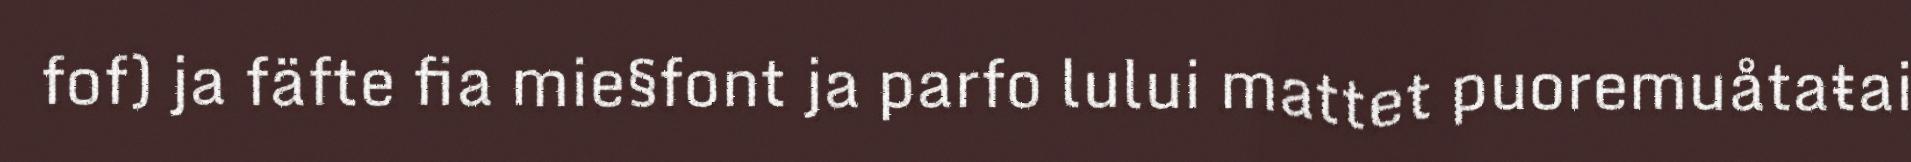
fof) ja fäfte fia mie§font ja parfo lului mattet puoremuåtaŧai